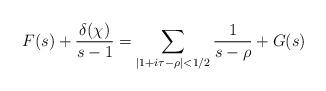
LaTeX: \begin{align*} F(s) + \frac{\delta(\chi)}{s-1} = \sum_{|1+i\tau - \rho| < 1/2 } \frac{1}{s-\rho} + G(s) \end{align*}